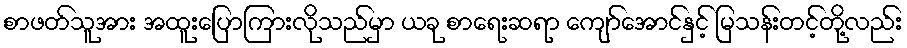
စာဖတ်သူအား အထူးပြောကြားလိုသည်မှာ ယခု စာရေးဆရာ ကျော်အောင်နှင့် မြသန်းတင့်တို့လည်း